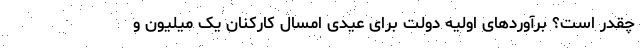
چقدر است؟ برآوردهای اولیه دولت برای عیدی امسال کارکنان یک میلیون و